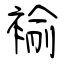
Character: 褕